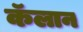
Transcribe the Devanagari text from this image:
कॅलान